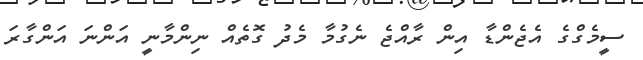
ސީމެގްގެ އެޖެންޑާ އިން ރާއްޖެ ނެގުމާ މެދު ގޮތެއް ނިންމާނީ އަންނަ އަންގާރަ